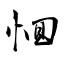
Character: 恛